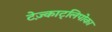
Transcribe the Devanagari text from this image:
टेज़्काट्लिपोका